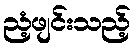
ညံ့ဖျင်းသည့်